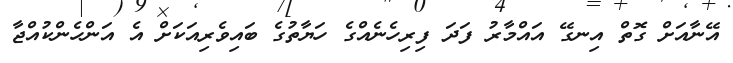
އޭނާއަށް ގޮތް އިނގޭ އައްމާރު ފަދަ ފިރިހެނެއްގެ ހަޔާތުގެ ބައިވެރިއަކަށް އެ އަންހެންކުއްޖާ